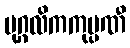
ပုဂ္ဂလိကကုမ္ပဏီ